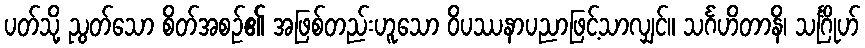
ပတ်သို့ ညွတ်သော စိတ်အစဉ်၏ အဖြစ်တည်းဟူသော ဝိပဿနာပညာဖြင့်သာလျှင်။ သင်္ဂဟိတာနိ၊ သင်္ဂြိုဟ်